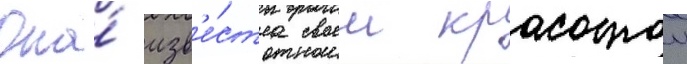
Она́ изв'е́стна своеи красотои